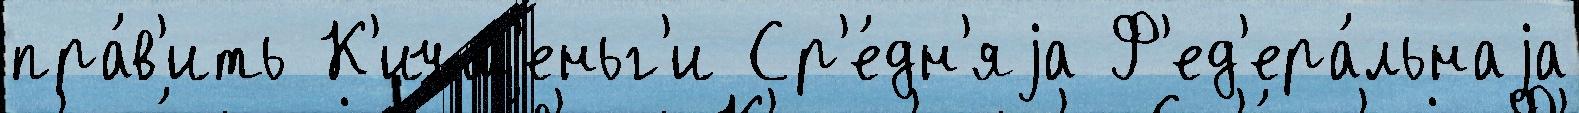
пра́в'ить К'ичм'еньг'и Ср'е́дн'яjа Ф'ед'ера́льнаjа